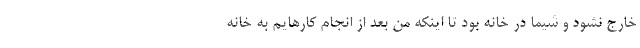
خارج نشود و شیما در خانه بود تا اینکه من بعد از انجام کارهایم به خانه